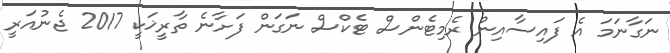
ނަގާނަމަ އެ ފައިސާއިން ރެމިޓެންސް ޓެކްސް ނަގަން ފަށާނެ ތާރީޚަކީ 2017 ޖެނުއަރީ